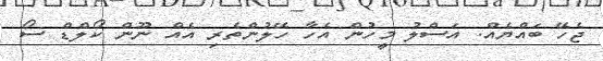
ޖެހޭ ބައްޔެއް. އަސްލު މީހުން އެހާ ހޭލުންތެރި އެއް ނޫން ކޯލްޑް ސޯ